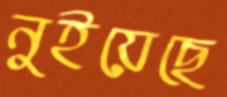
নুইয়েছে